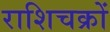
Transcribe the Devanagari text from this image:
राशिचक्रों